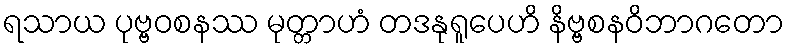
ရသာယ ပုဗ္ဗဝစနဿ မုတ္တာဟံ တဒနုရူပေဟိ နိဗ္ဗစနဝိဘာဂတော